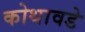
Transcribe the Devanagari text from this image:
कोथावडे